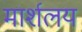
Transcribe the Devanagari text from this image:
मार्शलय